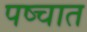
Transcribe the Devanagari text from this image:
पष्चात